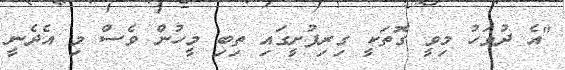
"އެ ދުވަހު މިވީ ގޮތަކީ ގިރިފުށީގައި ތިބި މީހުން ވެސް މި އެދެނީ